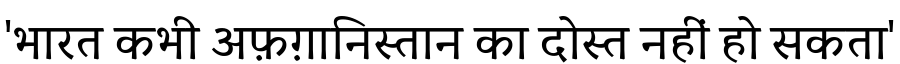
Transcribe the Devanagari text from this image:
'भारत कभी अफ़ग़ानिस्तान का दोस्त नहीं हो सकता'